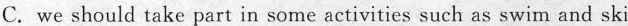
C. we should take part in some activities such as swim and ski